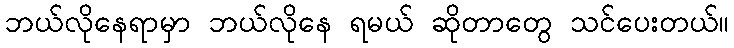
ဘယ်လိုနေရာမှာ ဘယ်လိုနေ ရမယ် ဆိုတာတွေ သင်ပေးတယ်။